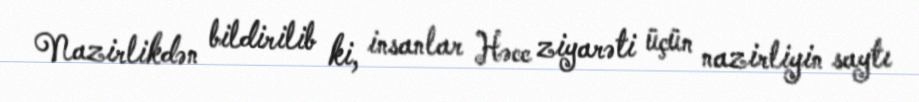
Nazirlikdən bildirilib ki, insanlar Həcc ziyarəti üçün nazirliyin saytı